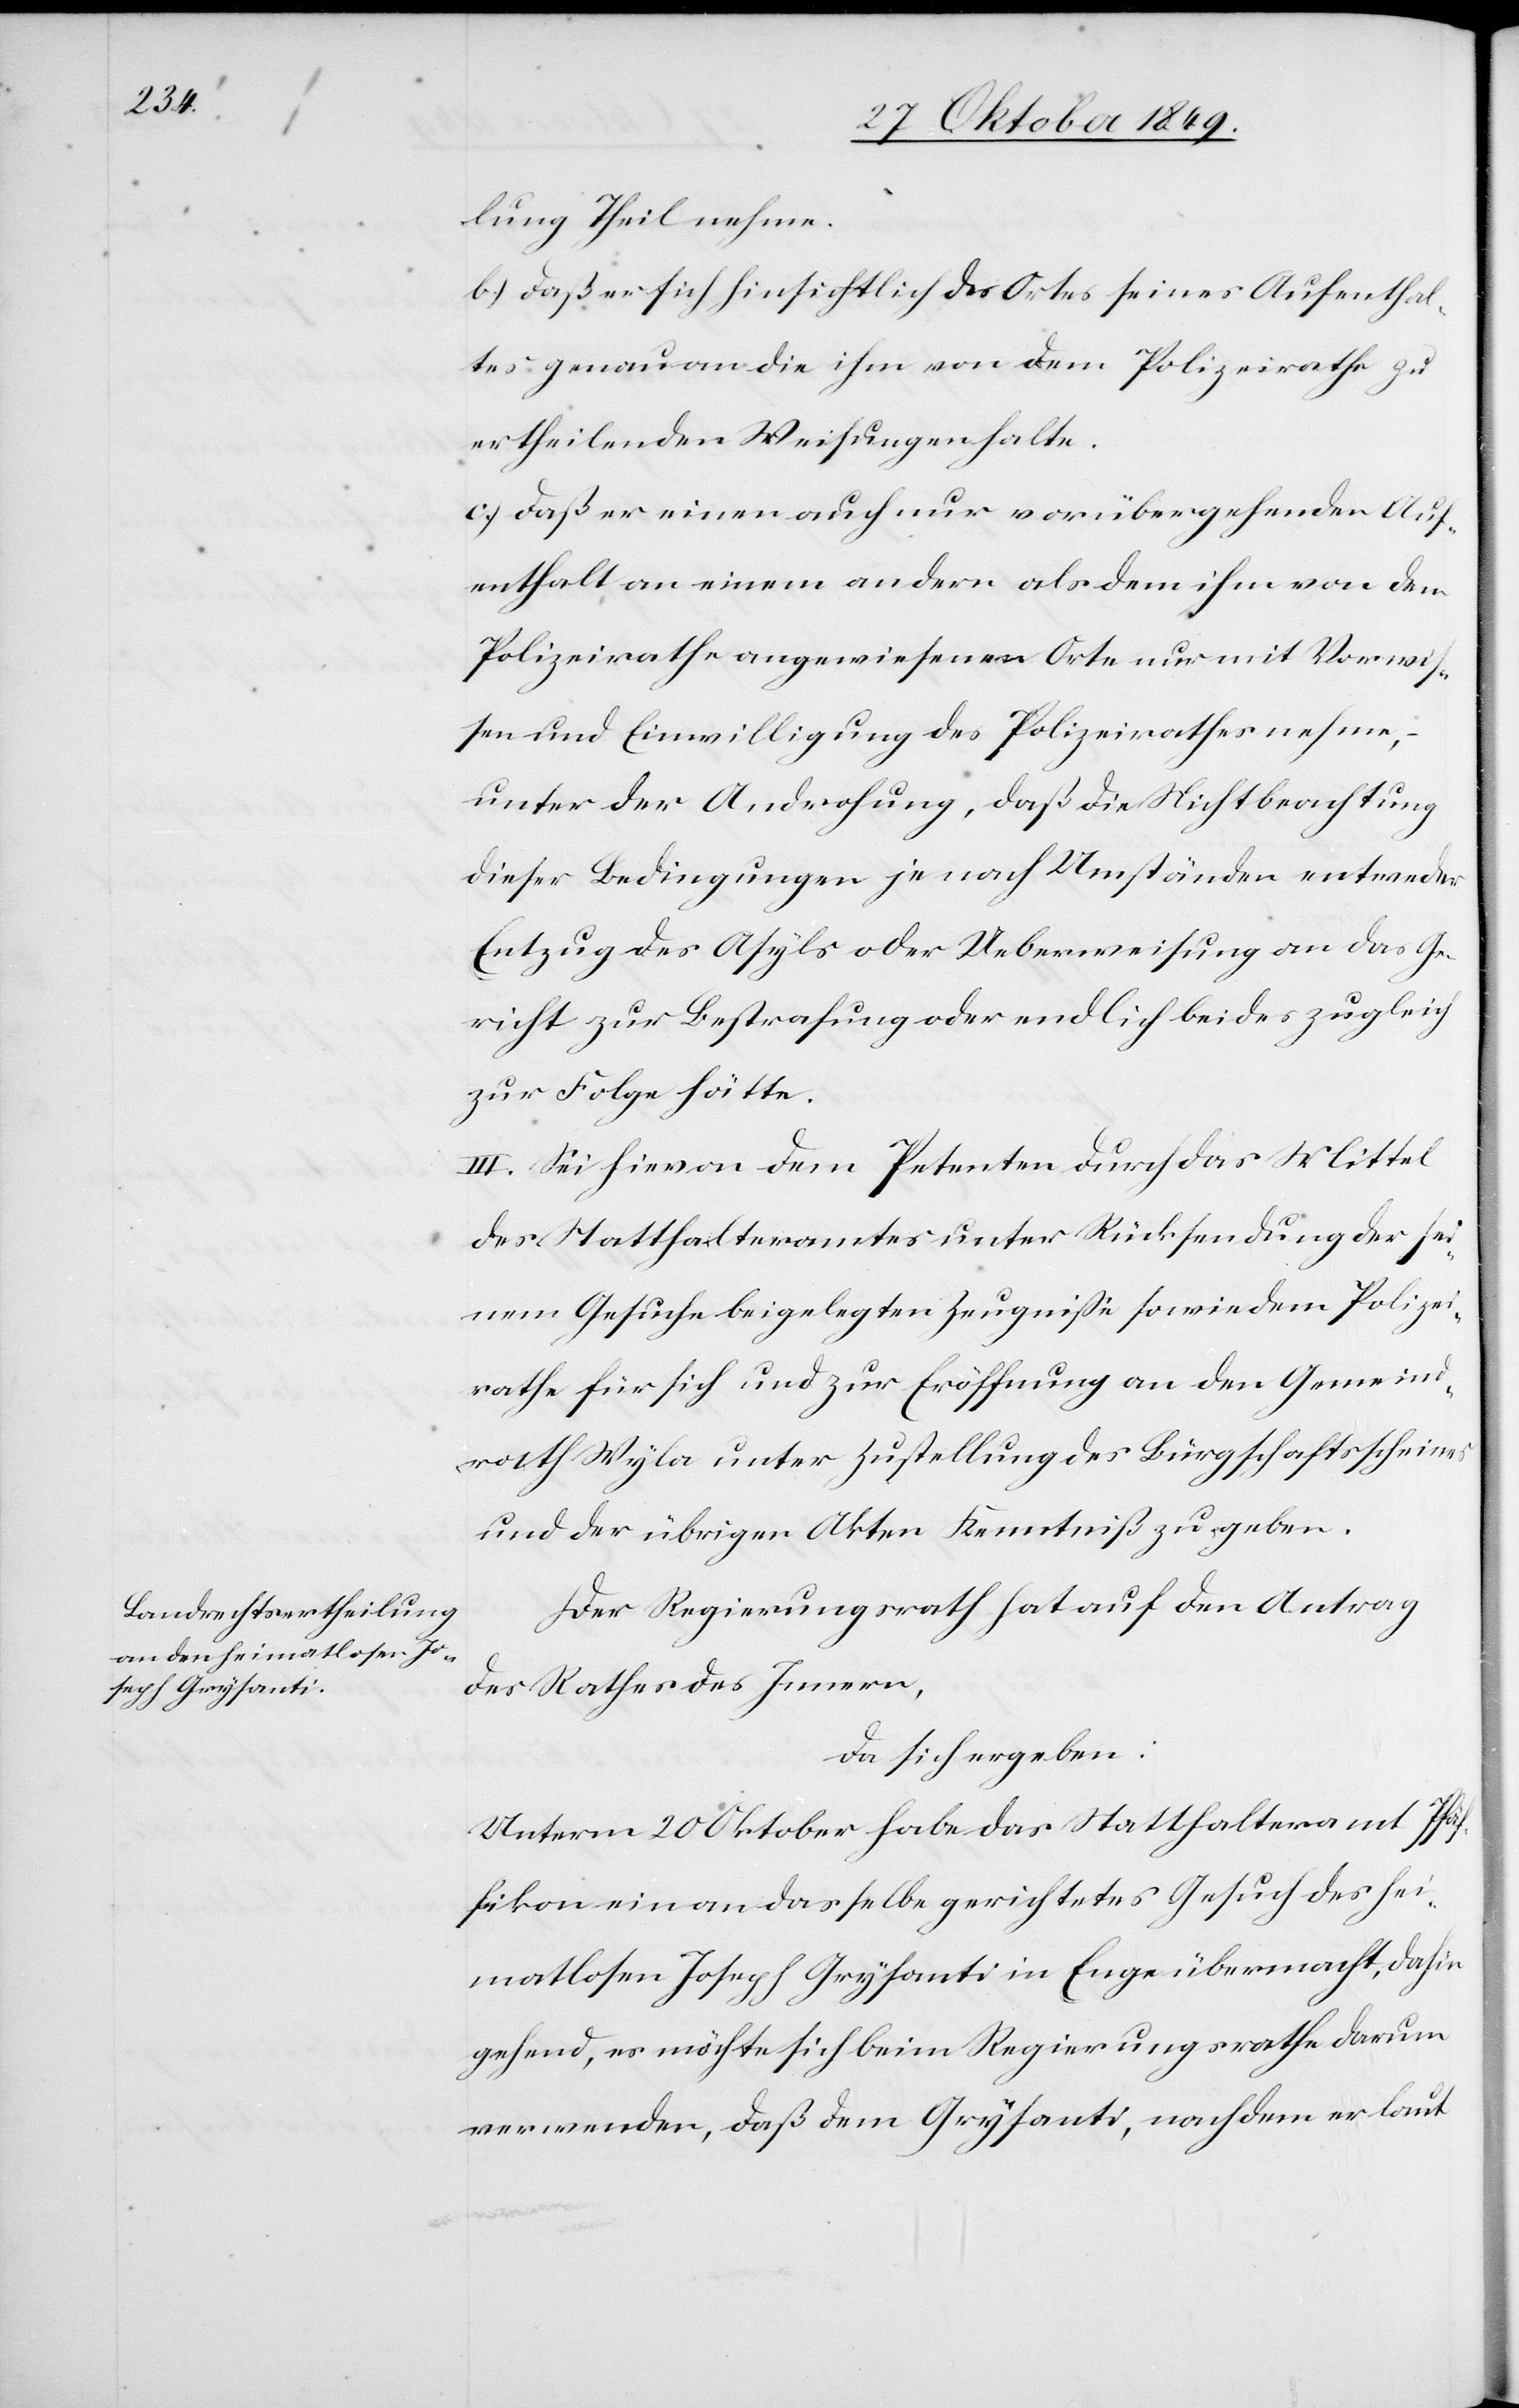
lung Theil nehme.
b) daß er sich hinsichtlich des Ortes seines Aufenthal¬
tes genau an die ihm von dem Polizeirathe zu
ertheilenden Weisungen halte.
c) daß er einen auch nur vorübergehenden Auf¬
enthalt an einem andern als dem ihm von dem
Polizeirathe angewiesenen Orte nur mit Vorwis¬
sen und Einwilligung des Polizeirathes nehme,
unter der Androhung, daß die Nichtbeachtung
dieser Bedingungen je nach Umständen entweder
Entzug des Asyls oder Ueberweisung an das Ge¬
richt zur Bestrafung oder endlich beides zugleich
zur Folge hätte.
III. Sei hievon dem Petenten durch das Mittel
des Statthalteramtes unter Rücksendung der sei¬
nem Gesuche beigelegten Zeugniße so wie dem Polizei¬
rathe für sich und zur Eröffnung an den Gemeind¬
rath Wyla unter Zustellung des Bürgschaftsscheines
und der übrigen Akten Kenntniß zu geben.
Der Regierungsrath hat auf den Antrag
des Rathes des Innern,
da sich ergeben:
Unterm 20 Oktober habe das Statthalteramt Pfäf¬
fikon ein an dasselbe gerichtetes Gesuch des hei¬
matlosen Joseph Grysanti in Enge übermacht, dahin
gehend, es möchte sich beim Regierungsrathe darum
verwenden, daß dem Grysanti, nachdem er laut